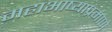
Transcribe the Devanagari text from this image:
महाभाष्याप्रमाणे